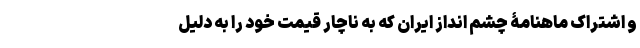
و اشتراک ماهنامۀ چشم انداز ایران که به ناچار قیمت خود را به دلیل